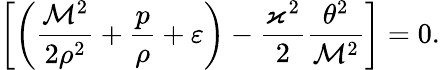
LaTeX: \left[\left(\frac{\mathcal{M}^{2}}{2\rho^{2}}+\frac{p}{\rho}+\varepsilon\right)-\frac{\varkappa^{2}}{2}\frac{\theta^{2}}{\mathcal{M}^{2}}\right]=0.